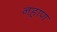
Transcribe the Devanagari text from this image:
नहाण